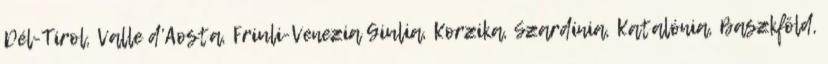
Dél-Tirol, Valle d’Aosta, Friuli-Venezia Giulia, Korzika, Szardínia, Katalónia, Baszkföld,